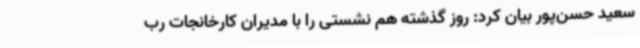
سعید حسن‌پور بیان کرد: روز گذشته هم نشستی را با مدیران کارخانجات رب